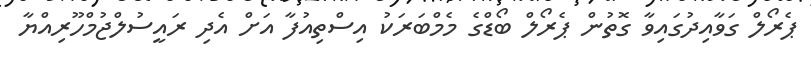
ޕެރޯލް ގަވާއިދުގައިވާ ގޮތުން ޕެރޯލް ބޯޑްގެ މެމްބަރަކު އިސްތިއުފާ އަށް އެދި ރައީސުލްޖުމްހޫރިއްޔާ